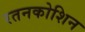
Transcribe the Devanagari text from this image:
रतनकोशिन